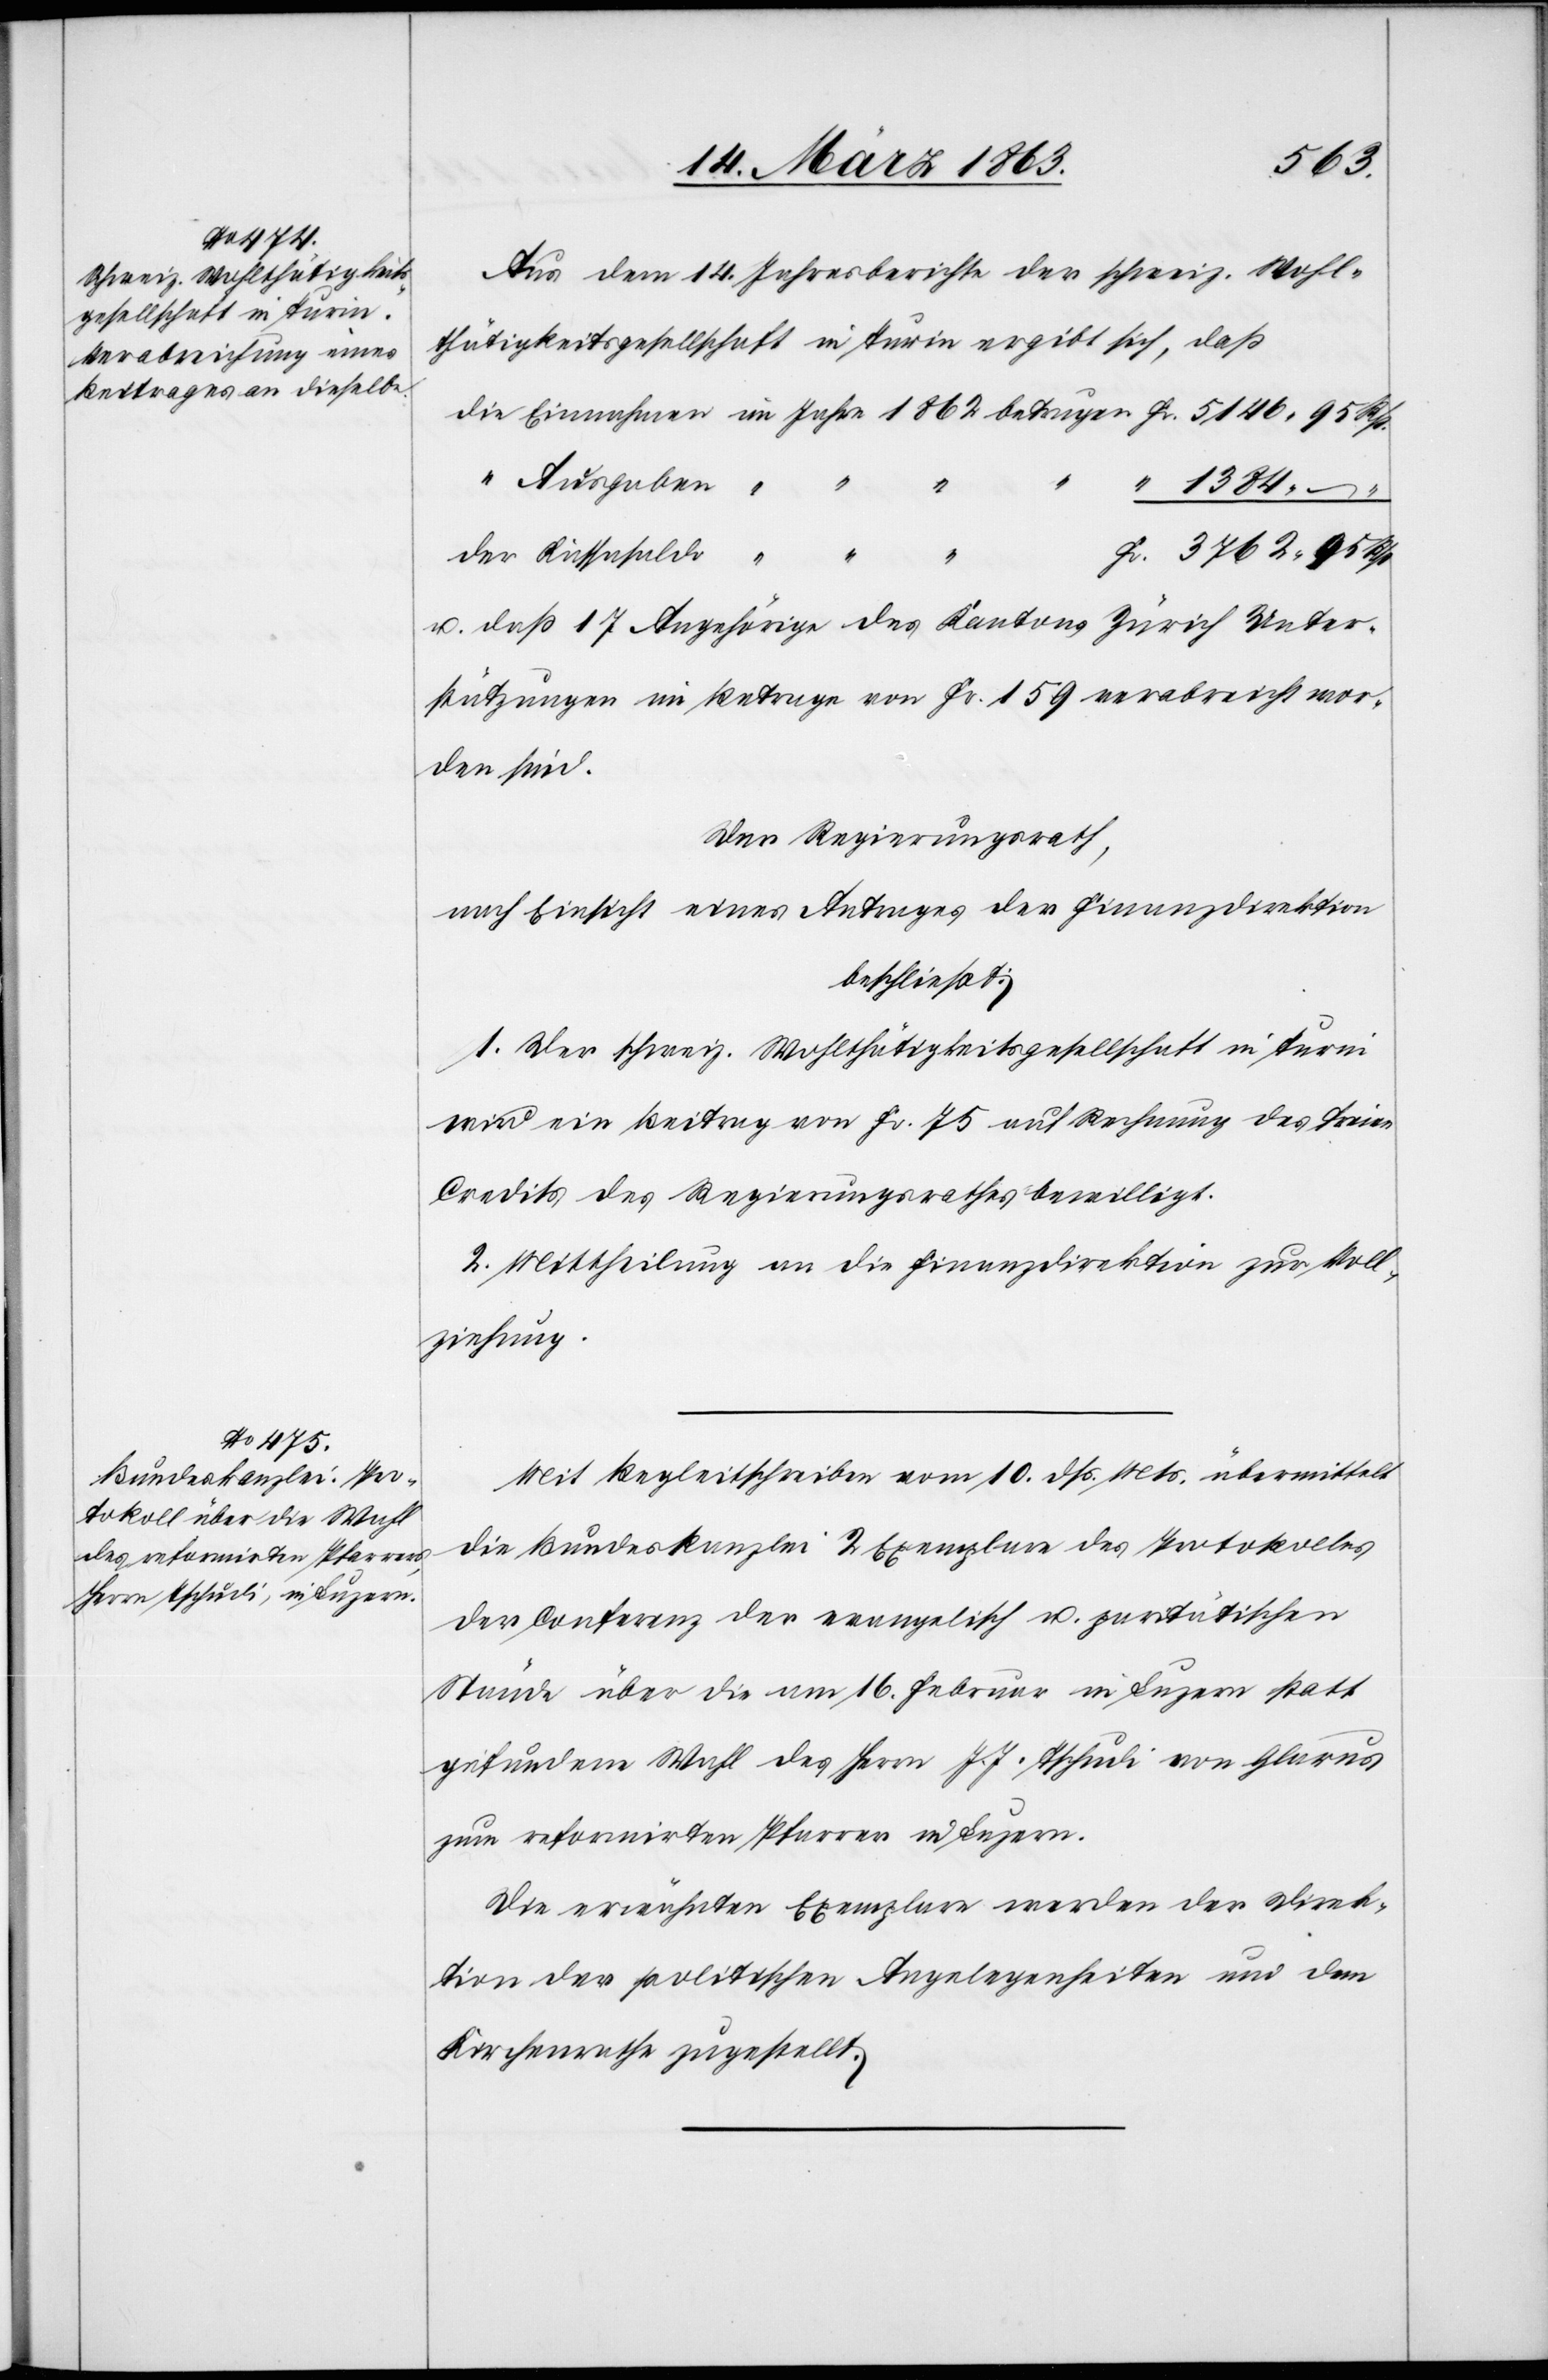
Fr.

3762.
Aus dem 14. Jahresberichte der schweiz. Wohl¬
thätigkeitsgesellschaft in Turin ergibt sich, daß
Ausgaben
u. daß 17 Angehörige des Kantons Zürich Unter¬
stützungen im Betrage von Fr. 159 verabreicht wor¬
den sind.
Der Regierungsrath,
nach Einsicht eines Antrages der Finanzdirektion
beschließt:
1. Der schweiz. Wohlthätigkeitsgesellschaft in Turin
wird ein Beitrag von Fr. 75 auf Rechnung des freien
Credits des Regierungsrathes bewilligt.
2. Mittheilung an die Finanzdirektion zur Voll¬
ziehung.
Mit Begleitschreiben vom 10. dß. Mts. übermittelt
die Bundeskanzlei 2 Exemplare des Protokolles
der Conferenz der evangelisch u. paritätischen
Stände über die am 16. Februar in Luzern statt
gefundene Wahl des Herrn J. J. [recte: J. H.] Tschudi von Glarus
zum reformirten Pfarrer in Luzern.
Die erwähnten Exemplare werden der Direk¬
tion der politischen Angelegenheiten und dem
Kirchenrathe zugestellt.